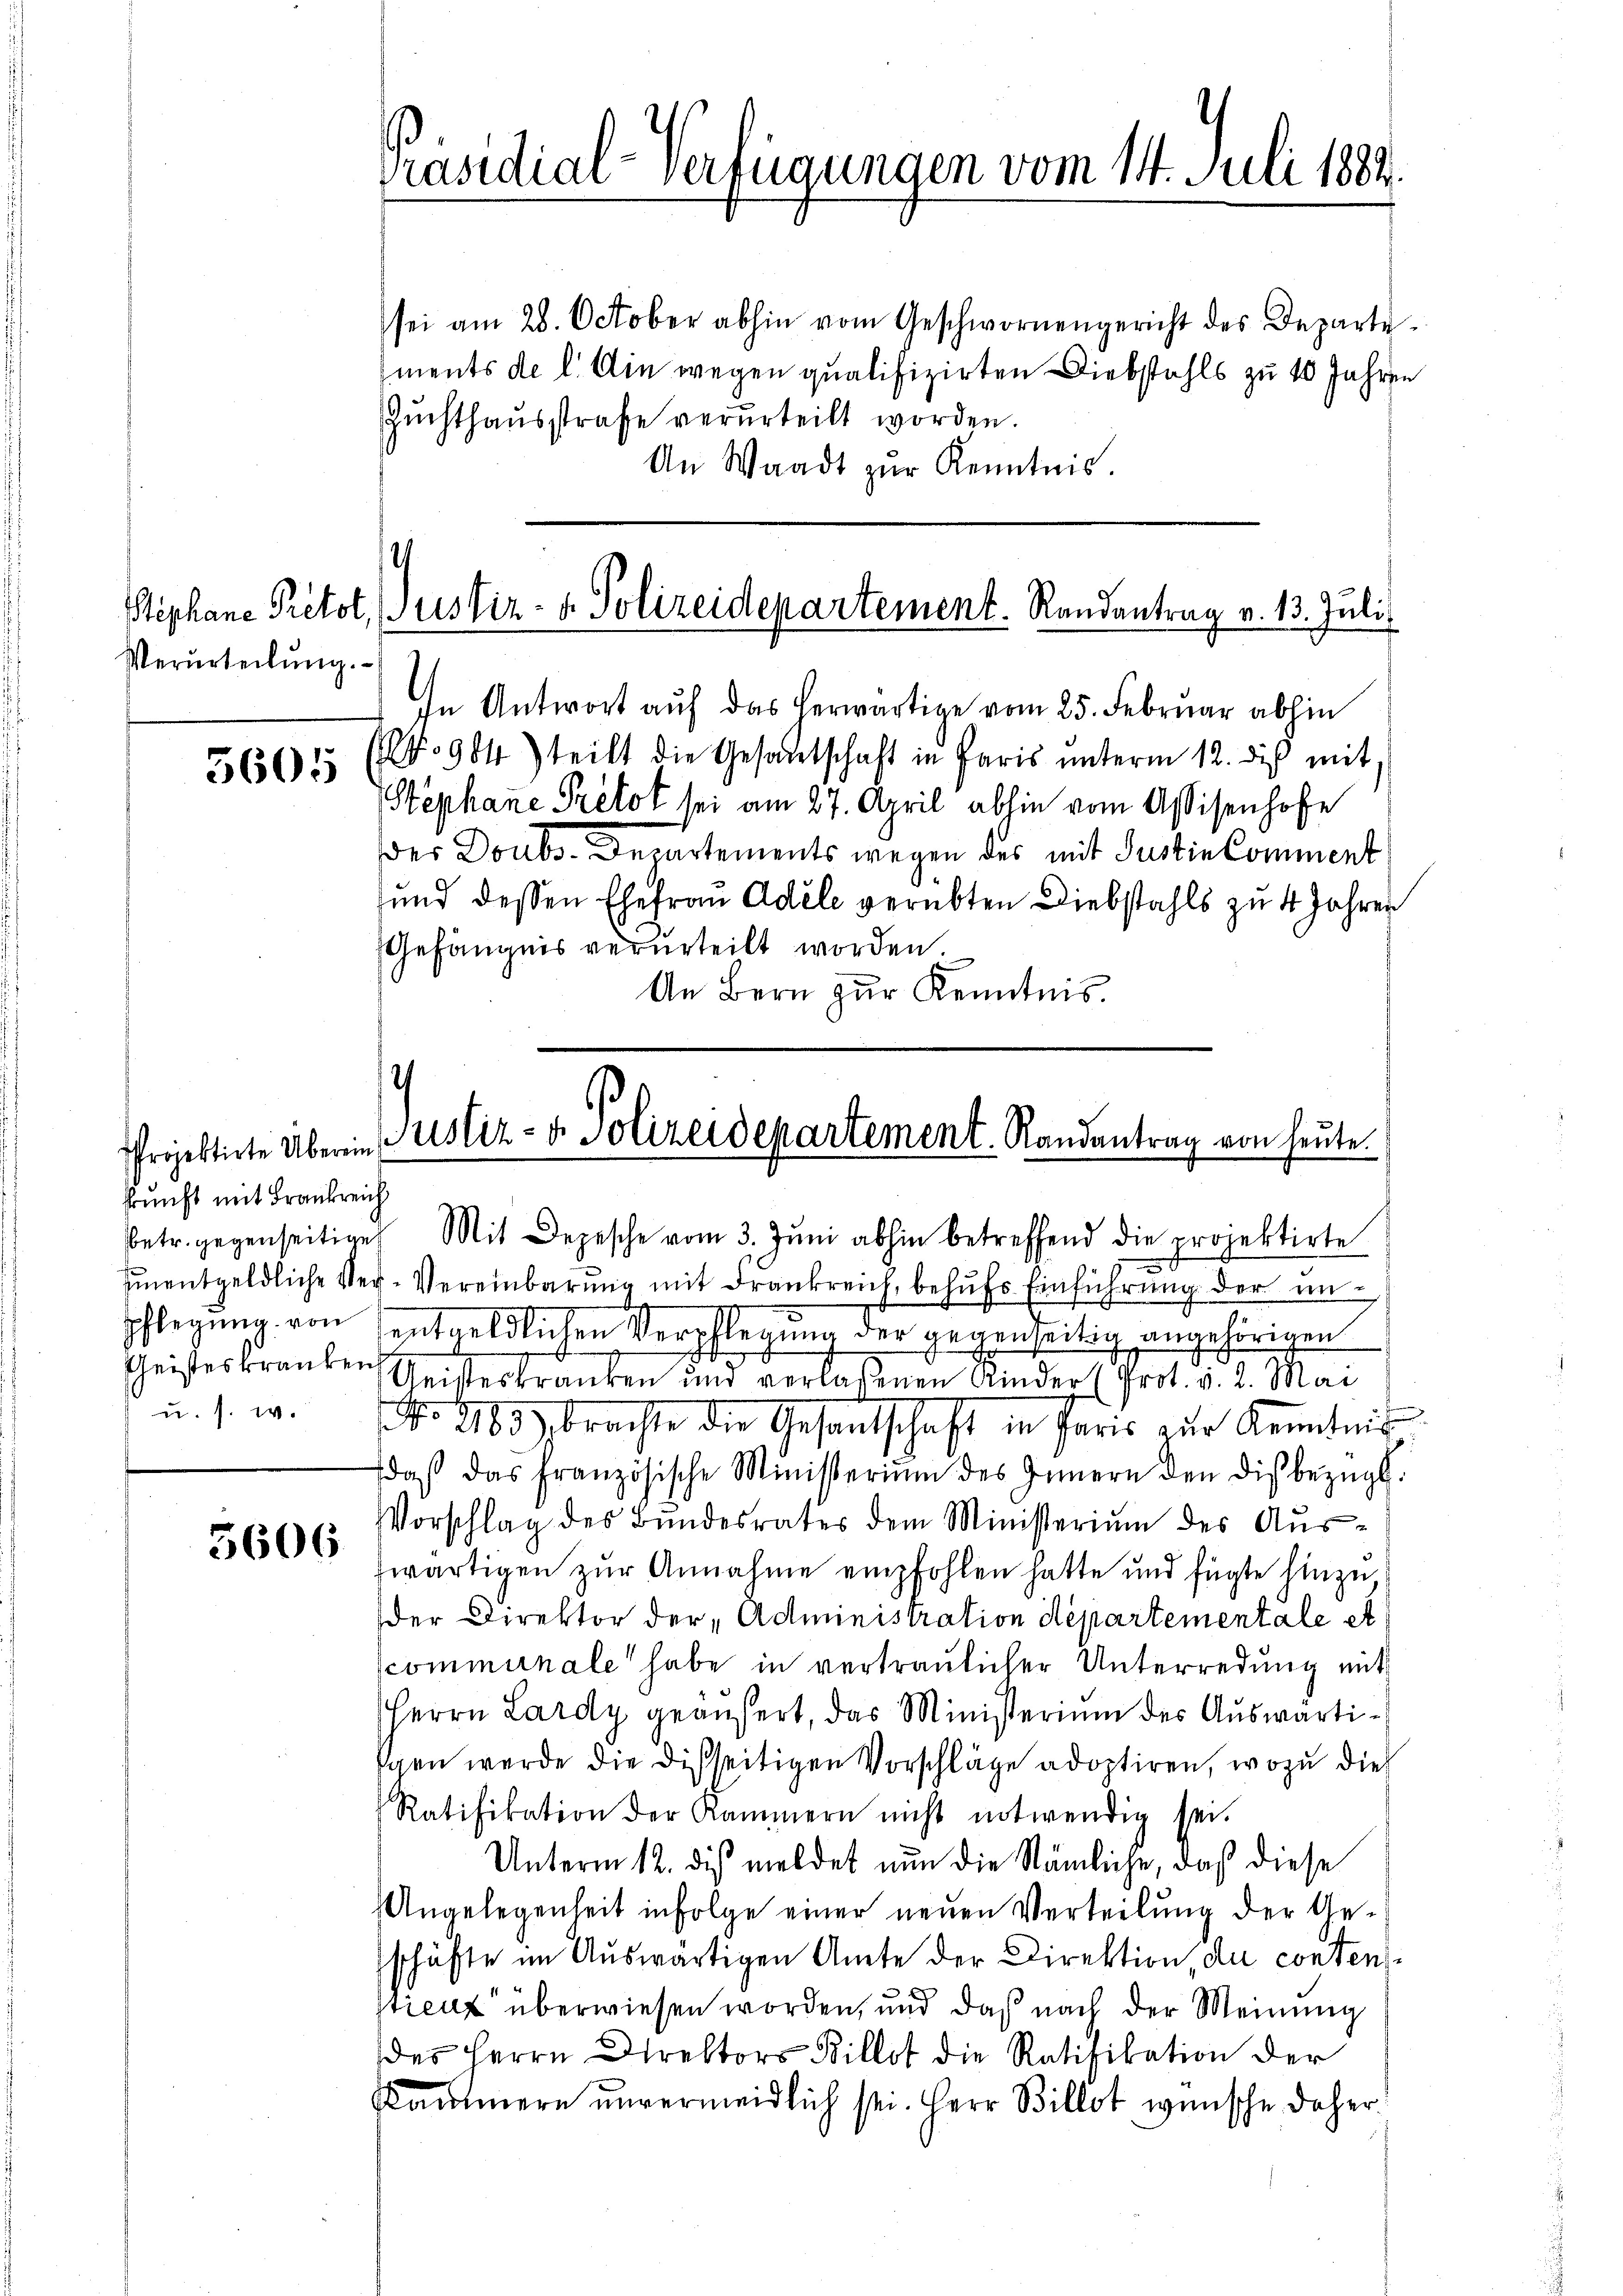
Verurteilŭng.

5605

Projektirte Überein
kunft mit Frankreich
u. s. w.

3606

sei am 28. October abhin vom Geschwornengericht des Departe
ments de l. Ain wegen qualifizirten Diebstahls zu 10 Jahren
Zuchthausstrafe verurteilt worden.
An Waadt zŭr Kenntnis.

Präsidial-Verfügungen vom 14. Juli 1882.

4
Stephane Prétot, (ustiz- & Polizeidepartement. Randantrag v. 13. Juli

4
Justiz- & Polizeidepartement. Randantrag von heute.
betr. gegenseitige Mit Depesche vom 3. Jŭni abhin betreffend die projektirte

In Antwort auf das herwärtige vom 25. Februar abhin
. 904) teilt die Gesandtschaft in Paris unterm 12. dies mit,
Stephane Pretot sei am 27. April abhin vom Assisenhofe
der Doubs-Departements wegen des mit Justin Comment
und dessen Ehefrau Adele verübten Diebstahls zu 4 Jahren
Gefängnis verurteilt worden
An Bern zur Kenntnis.

Einentgeldliche Ver-Vereinbarŭng mit drankreich, behŭfs Einführung der unpflegung von entgeldlichen Verpflegung der gegenseitig angehörigen
Geisteskranken Geisteskranken und verlaßenen Kinder (Prot. v. 2. Mai
No. 963 brachte die Gesantschaft in Herr zur Kenntnis
daβ das französische Ministerium des Innern den dis bezügl.
Vorschlag des Bundesrates dem Ministerium des Auszwärtigen zur Annahme empfohlen hatte und fügte hinzu,
der Direktor der Administration departementale et
scommunale habe in vertraulicher Unterredung mit
Herrn Lardy geäußert, das Ministerium des Auswärtigen werde die disseitigen Vorschläge adoptiren, wozu dies
Ratifikation der Kammern nicht notwendig sei.
Unterm 12. dies meldet nun die Nämliche, daß diese
Angelegenheit infolge einer neŭen Verteilŭng der Ge-
schäfte im Auswärtigen Amte der Direktion, du contens
rienz überwiesen worden, und daß nach der Meinung
des Herrn Direktors Billet die Ratifikation der
Kaŭmere unvermeidlich sei. Herr Billet wünsche daher